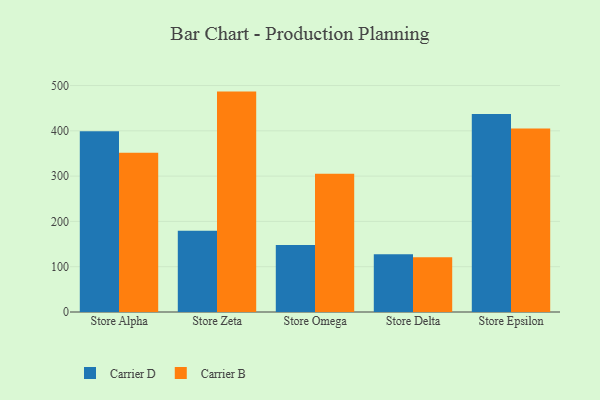
{"axis": {"x": "Store", "y": "Inventory Turnover"}, "legend": ["Carrier B", "Carrier D"], "data": [{"x": "Store Alpha", "y": 398.8, "type": "Carrier D"}, {"x": "Store Alpha", "y": 351.5, "type": "Carrier B"}, {"x": "Store Zeta", "y": 179.6, "type": "Carrier D"}, {"x": "Store Zeta", "y": 486.6, "type": "Carrier B"}, {"x": "Store Omega", "y": 148.1, "type": "Carrier D"}, {"x": "Store Omega", "y": 305.5, "type": "Carrier B"}, {"x": "Store Delta", "y": 127.6, "type": "Carrier D"}, {"x": "Store Delta", "y": 120.8, "type": "Carrier B"}, {"x": "Store Epsilon", "y": 437.2, "type": "Carrier D"}, {"x": "Store Epsilon", "y": 405.2, "type": "Carrier B"}]}